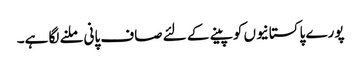
پورے پاکستانیوں کو پینے کے لئے صاف پانی ملنے لگا ہے۔